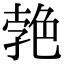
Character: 𦫛